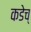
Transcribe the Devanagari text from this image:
कडेच्